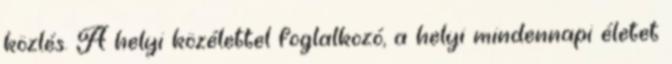
közlés. A helyi közélettel foglalkozó, a helyi mindennapi életet